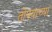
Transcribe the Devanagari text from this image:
तोफ्याच्या